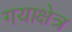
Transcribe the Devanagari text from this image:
गयाक्षेत्र